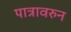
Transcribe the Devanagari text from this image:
पात्रावरुन